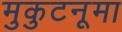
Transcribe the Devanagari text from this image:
मुकुटनूमा